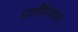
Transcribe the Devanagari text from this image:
पारलैंगिकता